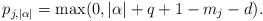
LaTeX: \begin{align*}p_{j,|\alpha|}=\max(0, |\alpha|+q+1-m_j-d).\end{align*}